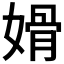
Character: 𰌏